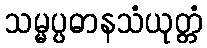
သမ္မပ္ပဓာနသံယုတ္တံ